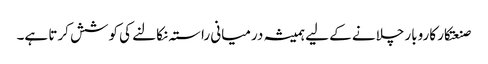
صنعتکار کاروبار چلانے کے لیے ہمیشہ درمیانی راستہ نکالنے کی کوشش کرتا ہے۔